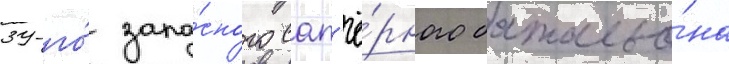
39-го́ запа́сного сап'ё́рного батальо́на